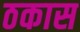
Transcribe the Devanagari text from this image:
ठकास